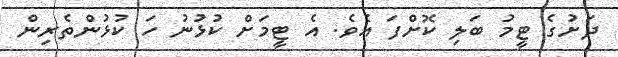
ދަށުގެ ޓީމު ބަލި ކޮށްފަ އެވެ. އެ ޓީމަށް ކުޅުނު ހަ ކުޅުންތެރިން